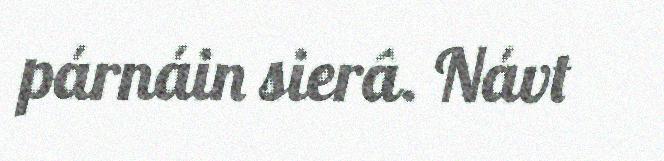
párnáin sierâ. Návt